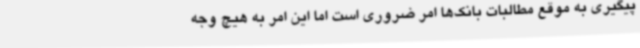
پیگیری به موقع مطالبات بانک‌ها امر ضروری است اما این امر به هیچ وجه